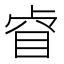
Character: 𱲲